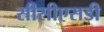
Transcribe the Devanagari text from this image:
सीसीएसडी